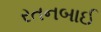
રતનબાઈ